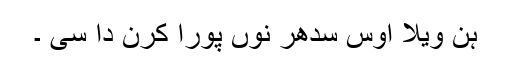
ہن ویلا اوس سدھر نوں پورا کرن دا سی ۔